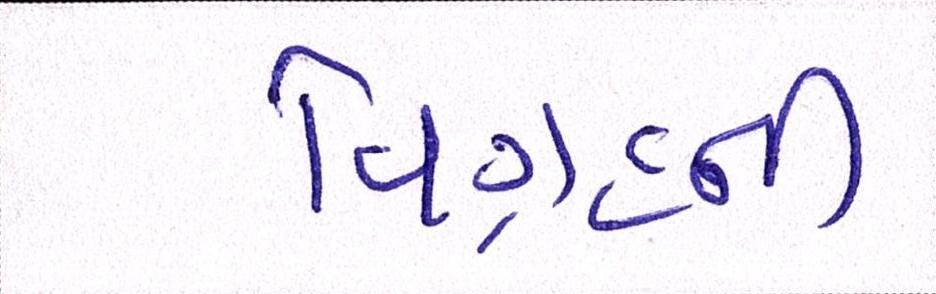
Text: વિગ્રહની